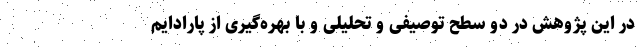
در این پژوهش در دو سطح توصیفی و تحلیلی و با بهره‌گیری از پارادایم